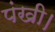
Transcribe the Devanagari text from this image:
पंखी।